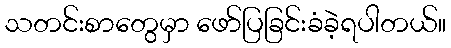
သတင်းစာတွေမှာ ဖော်ပြခြင်းခံခဲ့ရပါတယ်။